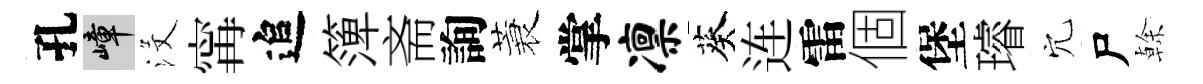
孔嶂沒𡩋追𥱼斋詢蓑掌凛葵连雷個堡璿穴尸𠏉